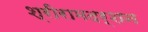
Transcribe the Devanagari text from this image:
श्रीरामदर्शन